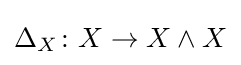
\Delta _{X}\colon X\to X\wedge X